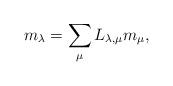
LaTeX: \begin{align*} m_\lambda = \sum_\mu L_{\lambda,\mu} m_\mu,\end{align*}